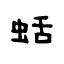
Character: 蛞